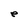
Character: e